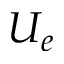
U _ { e }